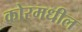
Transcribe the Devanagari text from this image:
कोरमधील